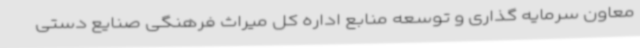
معاون سرمایه گذاری و توسعه منابع اداره کل میراث فرهنگی صنایع دستی